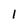
Character: 1